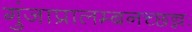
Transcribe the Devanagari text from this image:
गुंजाप्रालम्बनच्छन्नः